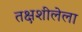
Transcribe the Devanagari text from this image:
तक्षशीलेला